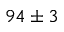
9 4 \pm 3